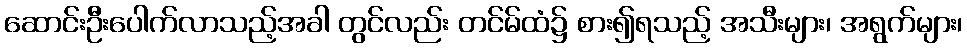
ဆောင်းဦးပေါက်လာသည့်အခါ တွင်လည်း တင်မ်ထံ၌ စား၍ရသည့် အသီးများ၊ အရွက်များ၊